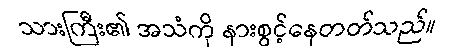
သားကြီး၏ အသံကို နားစွင့်နေတတ်သည်။